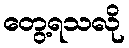
တွေ့ရသလို